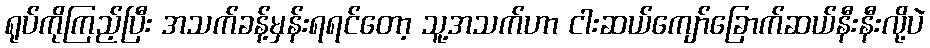
ရုပ်ကိုကြည့်ပြီး အသက်ခန့်မှန်းရရင်တော့ သူ့အသက်ဟာ ငါးဆယ်ကျော်ခြောက်ဆယ်နီးနီးလို့ပဲ